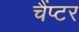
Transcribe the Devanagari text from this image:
चैंप्टर